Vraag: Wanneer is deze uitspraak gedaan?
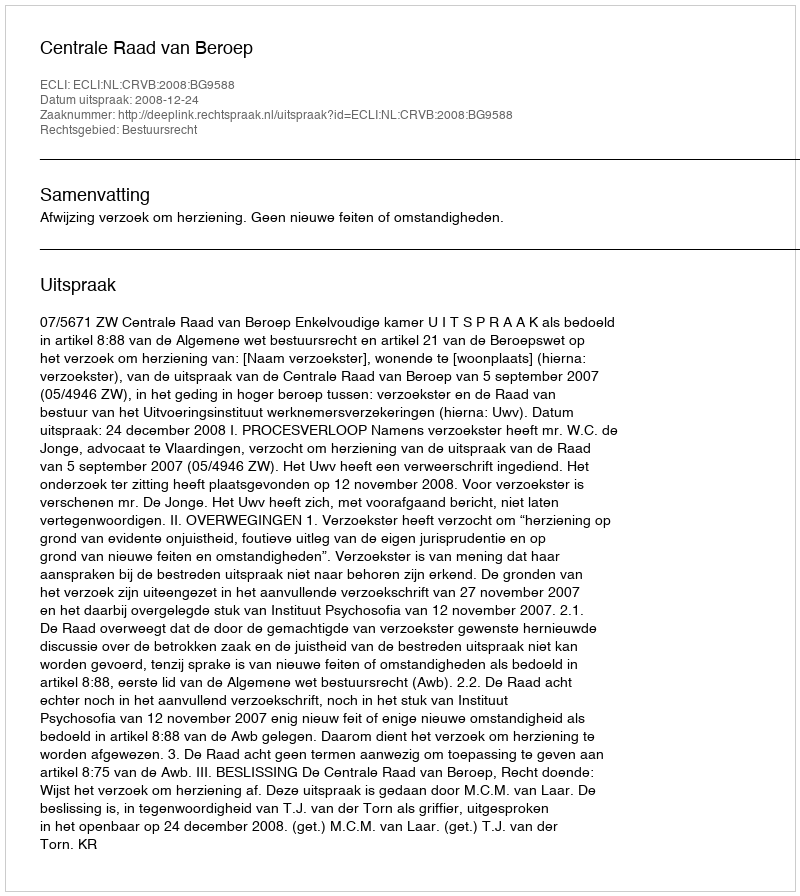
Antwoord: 2008-12-24